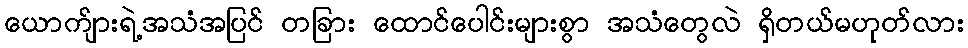
ယောက်ျားရဲ့အသံအပြင် တခြား ထောင်ပေါင်းများစွာ အသံတွေလဲ ရှိတယ်မဟုတ်လား